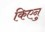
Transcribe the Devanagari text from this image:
किएनु